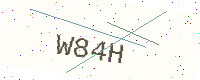
Text: W84H